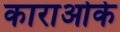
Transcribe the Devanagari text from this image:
काराओके